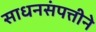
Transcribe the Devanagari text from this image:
साधनसंपत्तीने